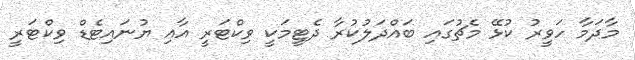
މާދަމާ ހަވީރު ކުޅޭ މެޗުގައި ބައްދަލުކުރާ ދެޓީމަކީ ވިކްޓަރީ އާއި ޔުނައިޓެޑް ވިކްޓަރީ